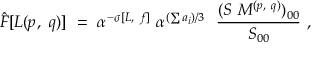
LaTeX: { \hat { F } } [ { \cal L } ( p , ~ q ) ] ~ = ~ \alpha ^ { - \sigma [ L , ~ f ] } ~ { \alpha } ^ { ( \sum a _ { i } ) / 3 } ~ ~ { \frac { ( S ~ M ^ { ( p , ~ q ) } ) _ { 0 0 } } { S _ { 0 0 } } } ~ ,